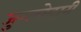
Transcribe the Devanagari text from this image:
जुमलेदारी